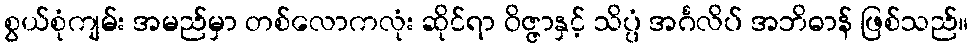
စွယ်စုံကျမ်း အမည်မှာ တစ်လောကလုံး ဆိုင်ရာ ဝိဇ္ဇာနှင့် သိပ္ပံ အင်္ဂလိပ် အဘိဓာန် ဖြစ်သည်။